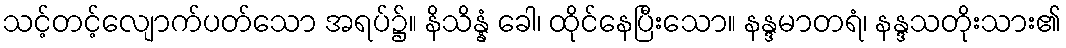
သင့်တင့်လျောက်ပတ်သော အရပ်၌။ နိသိန္နံ ခေါ၊ ထိုင်နေပြီးသော။ နန္ဒမာတရံ၊ နန္ဒသတိုးသား၏